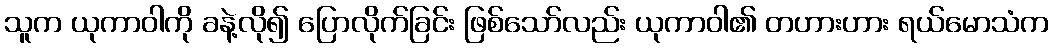
သူက ယုကာဝါကို ခနဲ့လို၍ ပြောလိုက်ခြင်း ဖြစ်သော်လည်း ယုကာဝါ၏ တဟားဟား ရယ်မောသံက